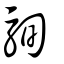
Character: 駨